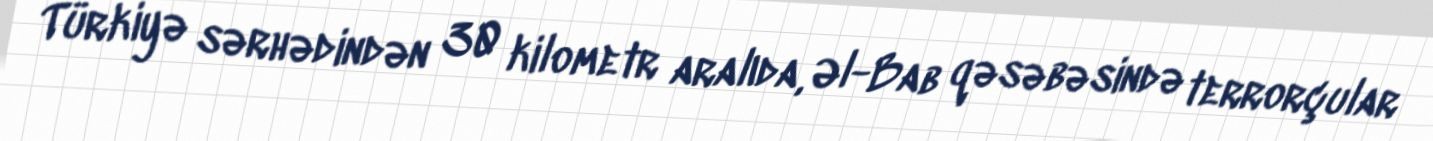
Türkiyə sərhədindən 30 kilometr aralıda, Əl-Bab qəsəbəsində terrorçular